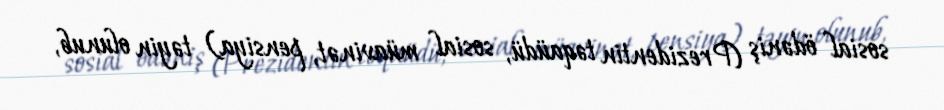
sosial ödəniş (Prezidentin təqaüdü, sosial müavinət, pensiya) təyin olunub,